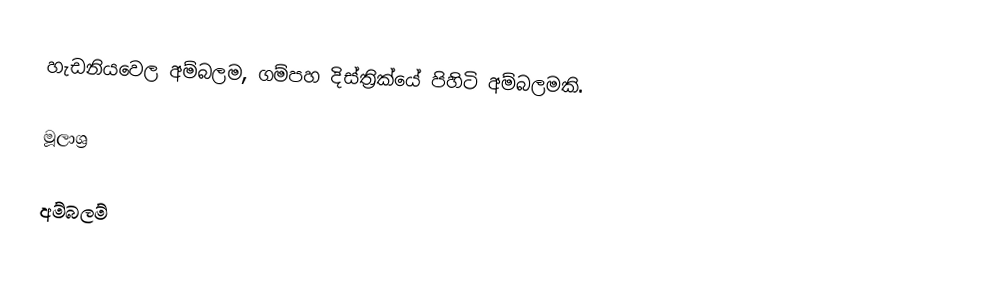
හැඩනියවෙල අම්බලම, ගම්පහ දිස්ත්‍රික්යේ පිහිටි අම්බලමකි.

මූලාශ්‍ර

අම්බලම්